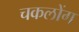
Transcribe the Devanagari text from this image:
चकलोंग